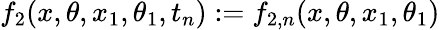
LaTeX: f_{2}(x,\theta,x_{1},\theta_{1},t_{n}):=f_{2,n}(x,\theta,x_{1},\theta_{1})